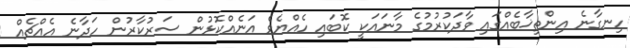
ހިނގާނެ އިންތިޚާބެއްގައި ވާދަކުރުމުގެ މާނައަކީ ކޮބައި ހެއްޔެވެ އަނެއްކޮޅުން ސަރުކާރުން ހަދާނެ އެއްޗެއް